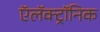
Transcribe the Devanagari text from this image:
ऍलॅक्ट्रॉनिक